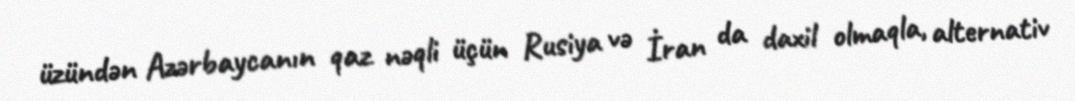
üzündən Azərbaycanın qaz nəqli üçün Rusiya və İran da daxil olmaqla, alternativ